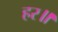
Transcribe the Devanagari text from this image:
हर॥